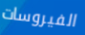
الفيروسات